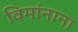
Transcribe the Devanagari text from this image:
विमांनाना